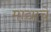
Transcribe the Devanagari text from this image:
मांद्याचे